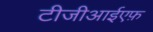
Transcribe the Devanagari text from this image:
टीजीआईएफ़